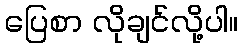
ပြေစာ လိုချင်လို့ပါ။